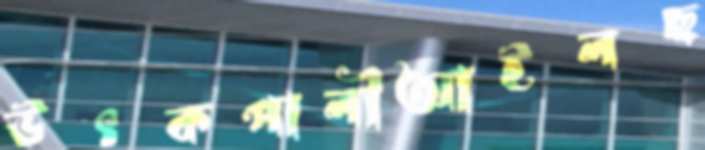
উৎকপালীআইলছ